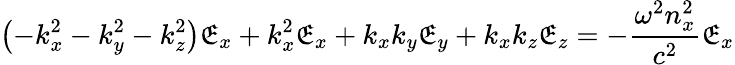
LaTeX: \left(-k_{x}^{2}-k_{y}^{2}-k_{z}^{2}\right)\mathfrak{E}_{x}+k_{x}^{2}\mathfrak{E}_{x}+k_{x}k_{y}\mathfrak{E}_{y}+k_{x}k_{z}\mathfrak{E}_{z}=-{\frac{{\omega^{2}n_{x}^{2}}}{{c^{2}}}}\mathfrak{E}_{x}